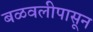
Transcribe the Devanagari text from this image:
बळवलीपासून